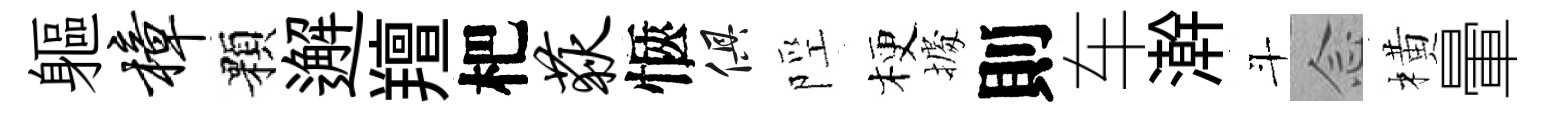
軀樟顆邂羶杷荻愜俱陘梗𢴃則车澣斗𫝹橫暈